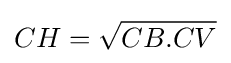
CH={\sqrt {CB.CV}}